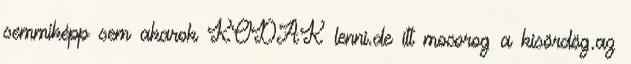
semmiképp sem akarok KODAK lenni.de itt mocorog a kisördög.az